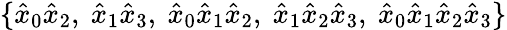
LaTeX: \{ \hat{x}_{0}\hat{x}_{2},\ \hat{x}_{1}\hat{x}_{3},\ \hat{x}_{0}\hat{x}_{1}\hat{x}_{2},\ \hat{x}_{1}\hat{x}_{2}\hat{x}_{3},\ \hat{x}_{0}\hat{x}_{1}\hat{x}_{2}\hat{x}_{3}\}